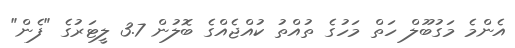
އެންމެ މަގުބޫލް ހަތް މަހުގެ ތުއްތު ކުއްޖެއްގެ ބޮލުން 3.7 ލީޓަރުގެ "ފެން"